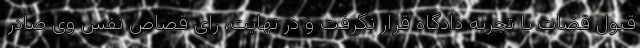
قبول قضات با تجربه دادگاه قرار نگرفت و در نهایت، رای قصاص نفس وی صادر